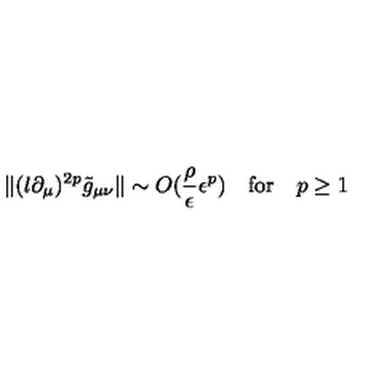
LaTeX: \| ( l \partial _ { \mu } ) ^ { 2 p } \tilde { g } _ { \mu \nu } \| \sim O ( \frac { \rho } { \epsilon } \epsilon ^ { p } ) \quad \mathrm { f o r } \quad p \ge 1